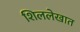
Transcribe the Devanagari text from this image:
शिललेखात